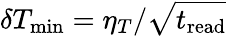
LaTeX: \delta T_{\mathrm{min}}=\eta_{T}/\sqrt{t_{\mathrm{read}}}